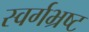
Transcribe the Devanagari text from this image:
स्वर्गभ्रष्ट